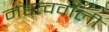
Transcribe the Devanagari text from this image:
महत्ववाली